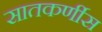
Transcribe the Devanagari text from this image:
सातकर्णीस